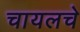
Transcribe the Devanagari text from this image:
चायलचे